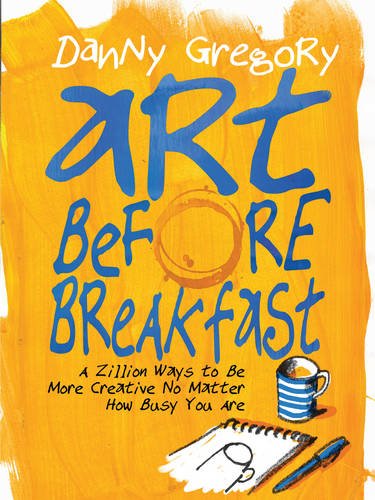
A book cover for Art Before Breakfast: A Zillion Ways to be More Creative No Matter How Busy You Are; Danny Gregory; Self-Help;